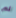
لم